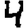
Digit: 4